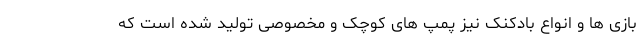
بازی ها و انواع بادکنک نیز پمپ های کوچک و مخصوصی تولید شده است که